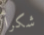
شكرأ